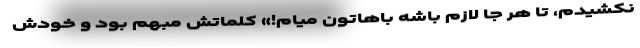
نکشیدم، تا هر جا لازم باشه باهاتون میام!» کلماتش مبهم بود و خودش